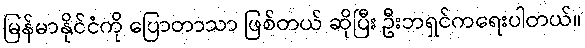
မြန်မာနိုင်ငံကို ပြောတာသာ ဖြစ်တယ် ဆိုပြီး ဦးဘရှင်ကရေးပါတယ်။